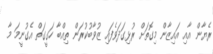
ރެޔާން އާއި އައިޒާން މިގޮތަށް ރުޅިގަދަވެފައި ޒުވާބުކުރަން ތިއްބާ ހަގީގަތް އެގުނީމަ މާ